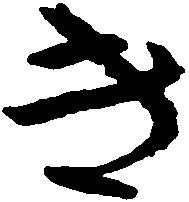
き